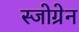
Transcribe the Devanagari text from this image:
स्जोग्रेन